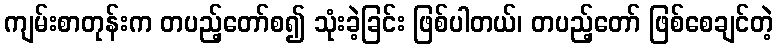
ကျမ်းစာတုန်းက တပည့်တော်စ၍ သုံးခဲ့ခြင်း ဖြစ်ပါတယ်၊ တပည့်တော် ဖြစ်စေချင်တဲ့